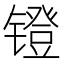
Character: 镫